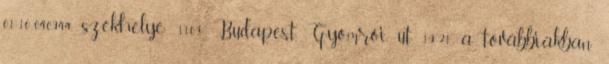
01-10-040944, székhelye: 1103 Budapest, Gyömrői út 19-21. a továbbiakban: